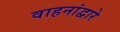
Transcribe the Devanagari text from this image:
वाहनांद्वारे